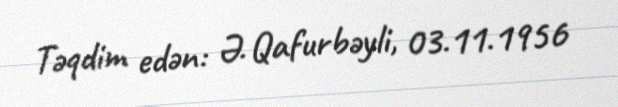
Təqdim edən: Ə. Qafurbəyli, 03.11.1956